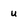
Character: u